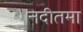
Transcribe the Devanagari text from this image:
नदीतमा